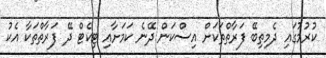
ކުުރުމުގައި ދެމިތިބޭ ފަރާތްތަކަށް އިސްކަން ދޭނެ ކަމަށާއި ޓިކެޓް ދޭ ފަރާތްތަކާ އެކު